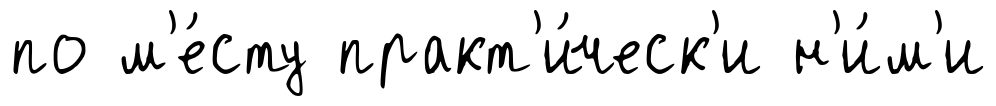
по м'е́сту практ'и́ческ'и н'и́м'и